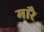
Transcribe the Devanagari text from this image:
मारै